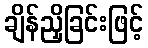
ချိန်ညှိခြင်းဖြင့်